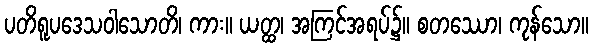
ပတိရူပဒေသဝါသောတိ၊ ကား။ ယတ္ထ၊ အကြင်အရပ်၌။ စတဿော၊ ကုန်သော။